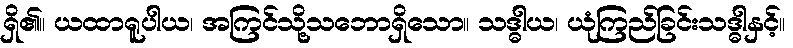
ရှိ၏။ ယထာရူပါယ၊ အကြင်သို့သဘောရှိသော။ သဒ္ဓါယ၊ ယုံကြည်ခြင်းသဒ္ဓါနှင့်။